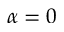
\alpha = 0